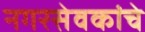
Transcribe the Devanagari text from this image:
नगरसेवकांचे